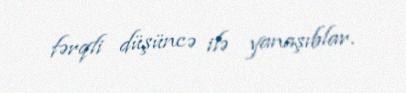
fərqli düşüncə ilə yanaşıblar.